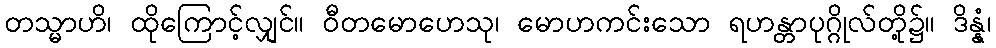
တသ္မာဟိ၊ ထိုကြောင့်လျှင်။ ဝီတမောဟေသု၊ မောဟကင်းသော ရဟန္တာပုဂ္ဂိုလ်တို့၌။ ဒိန္နံ၊